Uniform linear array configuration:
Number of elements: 64
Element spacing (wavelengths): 0.75
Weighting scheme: blackman
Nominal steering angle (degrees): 60
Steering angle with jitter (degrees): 61.416
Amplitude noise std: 0.05
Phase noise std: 0.05

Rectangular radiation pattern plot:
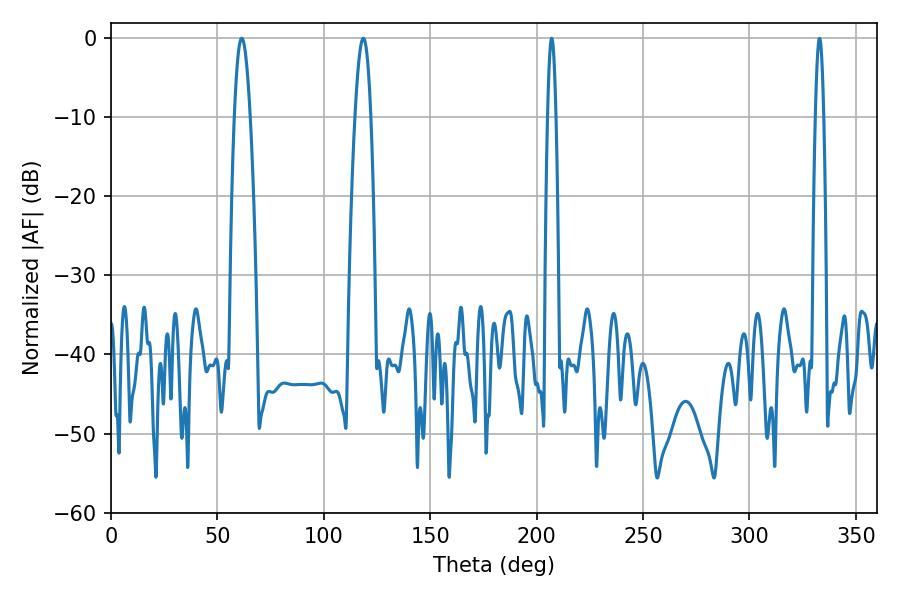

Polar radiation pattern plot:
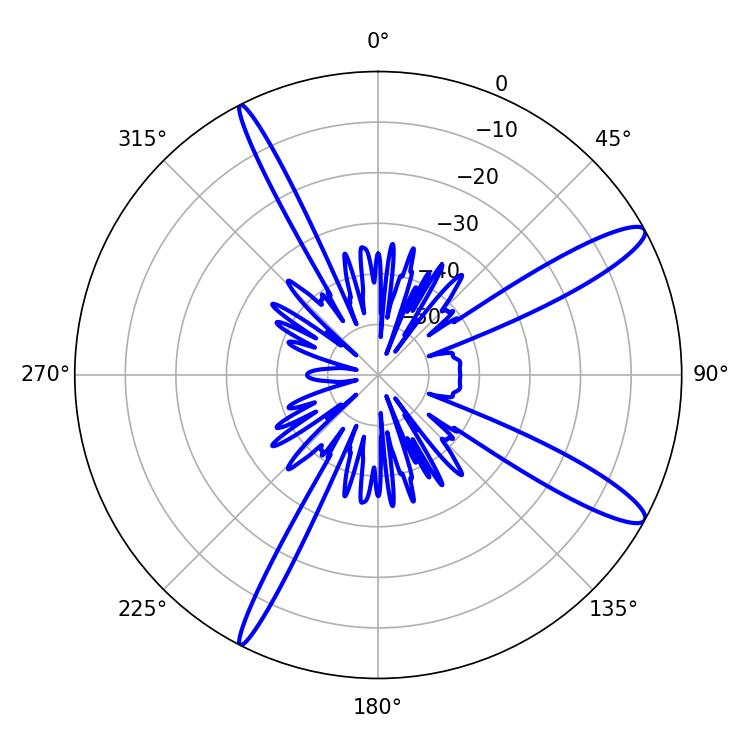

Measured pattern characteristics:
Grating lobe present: TRUE
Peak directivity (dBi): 13.078
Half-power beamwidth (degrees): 4.14
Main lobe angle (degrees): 61.38